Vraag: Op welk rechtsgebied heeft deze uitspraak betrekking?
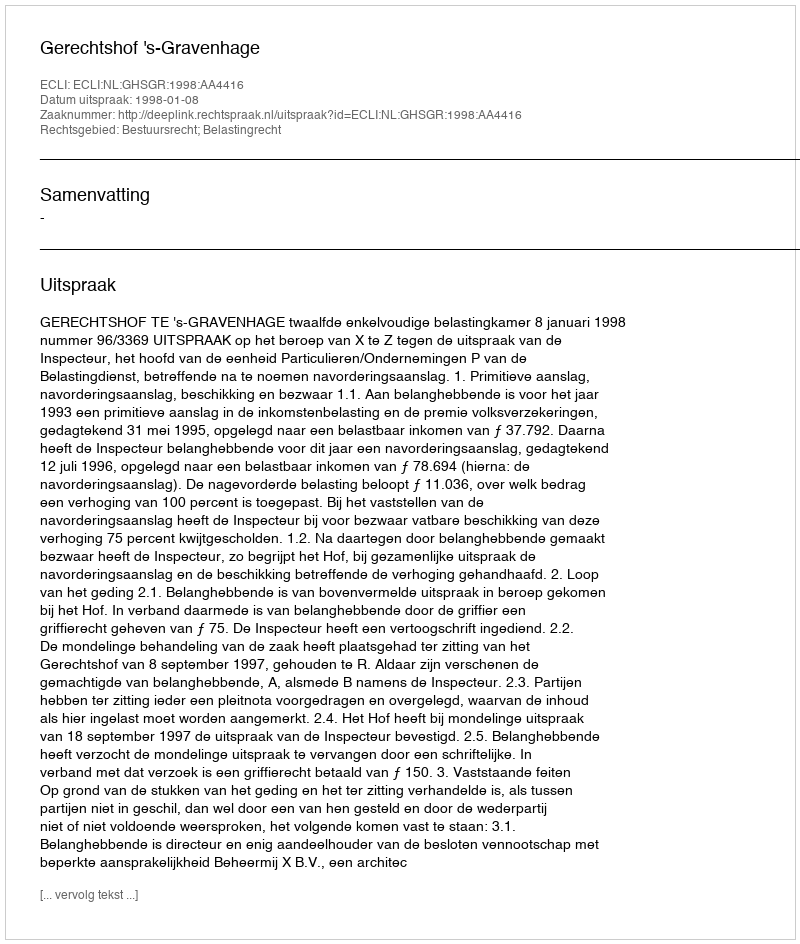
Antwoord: Bestuursrecht; Belastingrecht